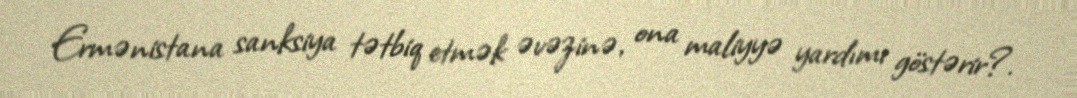
Ermənistana sanksiya tətbiq etmək əvəzinə, ona maliyyə yardımı göstərir?.